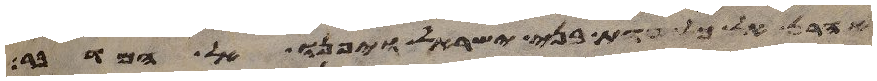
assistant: אהרן אל כל עדת בני ישראל ויפנו אל המדבר